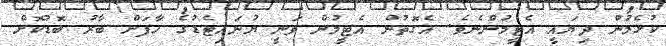
ކުޅެމުން ދިޔައީ އެޓީމުންނެވެ. އެގޮތުން އެޓީމުން ވަނީ ޔުނައިޓެޑުގެ ހާފަށް ބާރު ބޮޑުކޮށް